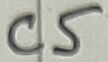
Text: C5